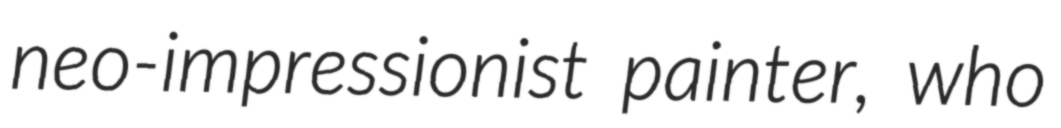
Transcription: neo-impressionist painter, who